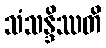
သံသန္ဒိဿတိ